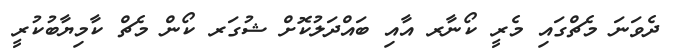
ދެވަނަ މެޗްގައި މެރީ ކޯނާރ އާއި ބައްދަލުކޮށް ޝުގަރ ކޯން މެޗް ކާމިޔާބުކުރީ